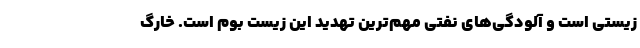
زیستی است و آلودگی‌های نفتی مهم‌ترین تهدید این زیست بوم است. خارگ